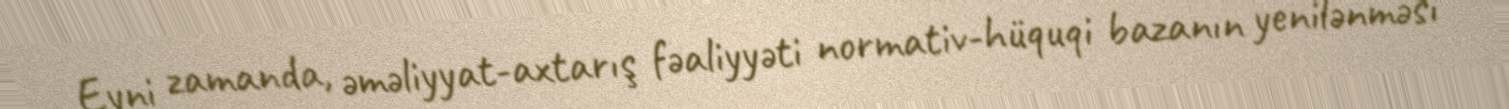
Eyni zamanda, əməliyyat-axtarış fəaliyyəti normativ-hüquqi bazanın yenilənməsi